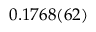
0 . 1 7 6 8 ( 6 2 )